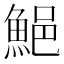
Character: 䱒